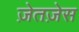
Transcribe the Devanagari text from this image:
ज़ेतज़ेस